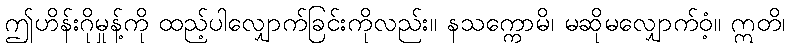
ဤဟိန်းဂိုမှုန့်ကို ထည့်ပါလျှောက်ခြင်းကိုလည်း။ နသက္ကောမိ၊ မဆိုမလျှောက်ဝံ့။ ဣတိ၊